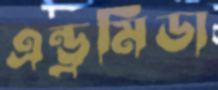
এন্ড্রমিডা